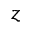
z